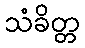
သံခိတ္တ